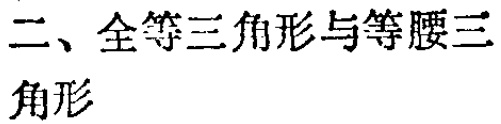
二、全等三角形与等腰三角形